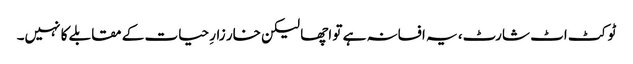
ٹو کٹ اٹ شارٹ، یہ افسانہ ہے تو اچھا لیکن خار زارِ حیات کے مقابلے کا نہیں۔